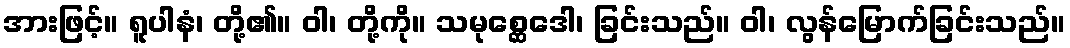
အားဖြင့်။ ရူပါနံ၊ တို့၏။ ဝါ၊ တို့ကို။ သမုစ္ဆေဒေါ၊ ခြင်းသည်။ ဝါ၊ လွန်မြောက်ခြင်းသည်။